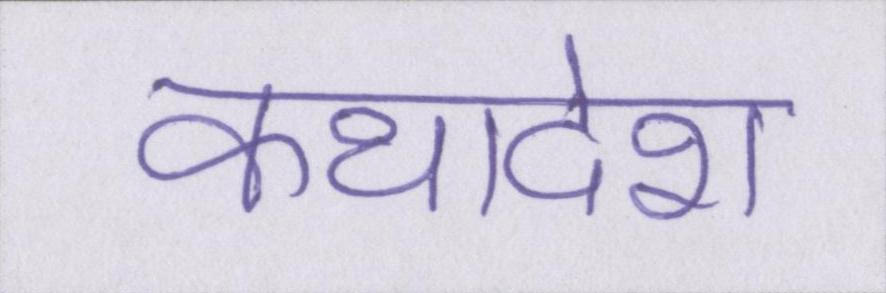
कथादेश